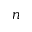
n